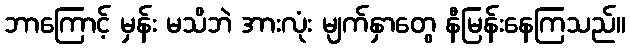
ဘာကြောင့် မှန်း မသိဘဲ အားလုံး မျက်နှာတွေ နီမြန်းနေကြသည်။